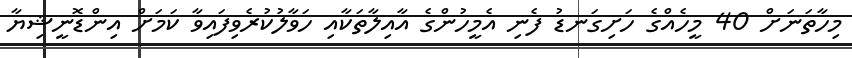
މިހާތަނަށް 40 މީހެއްގެ ހަށިގަނޑު ފެނި އެމީހުންގެ އާއިލާތަކާއި ހަވާލުކުރެވިފައިވާ ކަމަށް އިންޑޮނީޝިޔާ